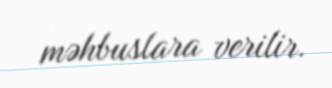
məhbuslara verilir.